Malaria in India - Number 2
Disease focus: Malaria
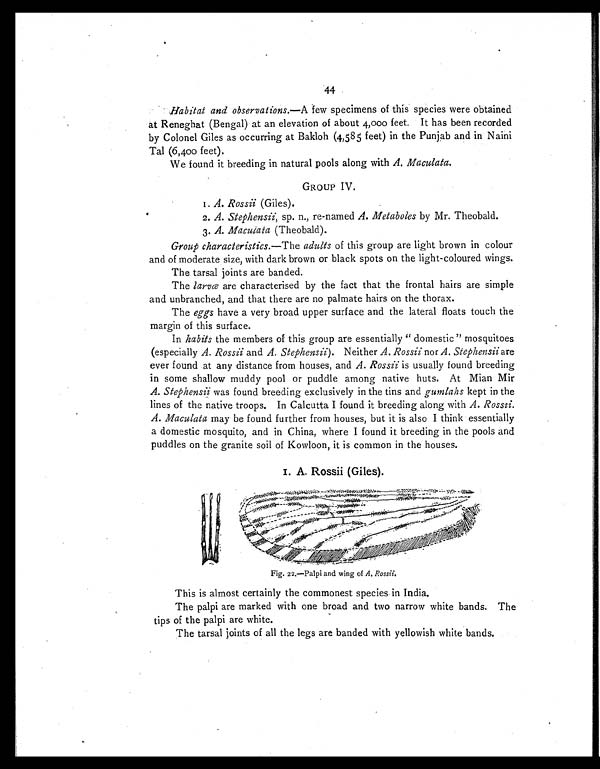
44
• Habitat and observations.—A few specimens of this species were obtained
at Reneghat (Bengal) at an elevation of about 4,000 feet, It has been recorded
by Colonel Giles as occurring at Bakloh (4,585 feet) in the Punjab and in Naini
Tal (6,400 feet).
We found it breeding in natural pools along with A. Maculata.
.
GROUP IV.
•
I. A. Rossii (Giles).
2. A. Stephensii, sp. n., re-named A. Metaboles by Mr. Theobald.
3. A. Macuiata (Theobald).
Group characteristics.—The adults of this group are light brown in colour
and of moderate size, with dark brown or black spots on the light-coloured wings.
The tarsal joints are banded.
The larvæ are characterised by the fact that the frontal hairs are simple
and unbranched, and that there are no palmate hairs on the thorax.
The eggs have a very broad upper surface and the lateral floats touch the
margin of this surface.
In habits the members of this group are essentially " domestic " mosquitoes
(especially A. Rossii and A. Stephensii). Neither A. Rossii nor A. Stephensii are
ever found at any distance from houses, and A. Rossii is usually found breeding
in some shallow muddy pool or puddle among native huts. At Mian Mir
A. Stephensii was found breeding exclusively in the tins and gumlahs kept in the
lines of the native troops. In Calcutta I found it breeding along with A. Rossii.
A. Maculata may be found further from houses, but it is also I think essentially
a domestic mosquito, and in China, where I found it breeding in the pools and
puddles on the granite soil of Kowloon, it is common in the houses.
I. A. Rossii (Giles).
Fig. 22.—Palpi and wing of A. Rossii.
This is almost certainly the commonest species in India.
The palpi are marked with one broad and two narrow white bands. The
tips of the palpi are white.
The tarsal joints of all the legs are banded with yellowish white bands.